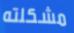
مشكلته